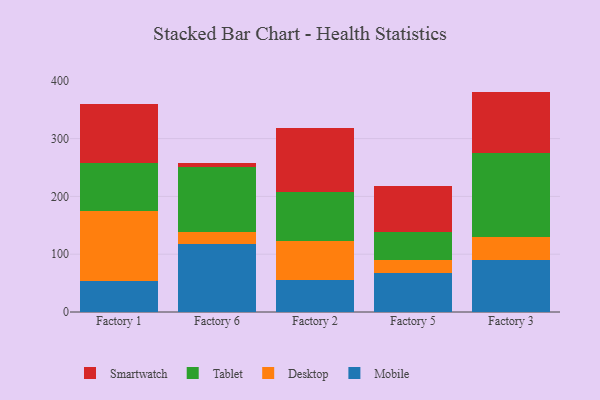
{"axis": {"x": "Factory", "y": "Waste Production (Tons)"}, "legend": ["Desktop", "Mobile", "Smartwatch", "Tablet"], "data": [{"x": "Factory 1", "y": 54.2, "type": "Mobile"}, {"x": "Factory 1", "y": 121.3, "type": "Desktop"}, {"x": "Factory 1", "y": 83.0, "type": "Tablet"}, {"x": "Factory 1", "y": 101.1, "type": "Smartwatch"}, {"x": "Factory 6", "y": 117.5, "type": "Mobile"}, {"x": "Factory 6", "y": 20.1, "type": "Desktop"}, {"x": "Factory 6", "y": 113.8, "type": "Tablet"}, {"x": "Factory 6", "y": 5.9, "type": "Smartwatch"}, {"x": "Factory 2", "y": 55.1, "type": "Mobile"}, {"x": "Factory 2", "y": 67.9, "type": "Desktop"}, {"x": "Factory 2", "y": 84.6, "type": "Tablet"}, {"x": "Factory 2", "y": 111.1, "type": "Smartwatch"}, {"x": "Factory 5", "y": 68.3, "type": "Mobile"}, {"x": "Factory 5", "y": 21.2, "type": "Desktop"}, {"x": "Factory 5", "y": 49.3, "type": "Tablet"}, {"x": "Factory 5", "y": 79.1, "type": "Smartwatch"}, {"x": "Factory 3", "y": 89.8, "type": "Mobile"}, {"x": "Factory 3", "y": 39.7, "type": "Desktop"}, {"x": "Factory 3", "y": 144.8, "type": "Tablet"}, {"x": "Factory 3", "y": 107.0, "type": "Smartwatch"}]}